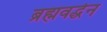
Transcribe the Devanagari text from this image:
ब्रह्मवर्द्धन